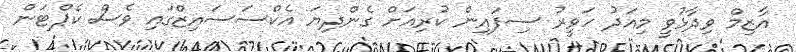
އާޒިމް ވިދާޅުވީ މިއަދު ހަވީރު ސިފައިން ކުރިއަށް ގެންދިޔަ އެކްސަސައިޒްގައި ވެސް ކެޕްޓަން